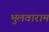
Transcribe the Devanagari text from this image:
भुलवाराम